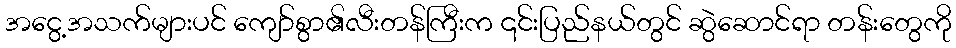
အငွေ့အသက်များပင် ကျော်စွာ၏လီးတန်ကြီးက ၎င်းပြည်နယ်တွင် ဆွဲဆောင်ရာ တန်းတွေကို